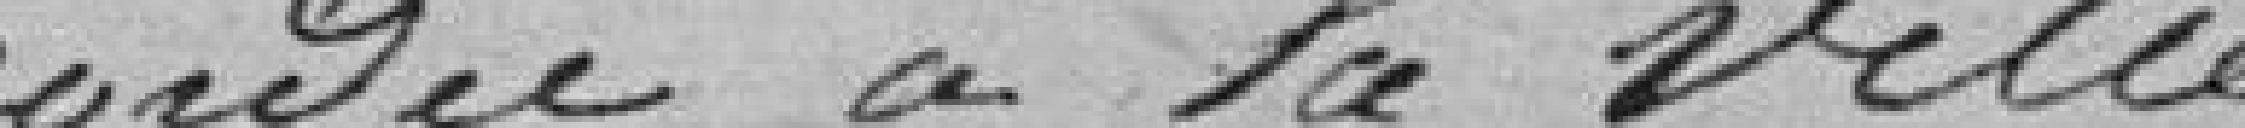
accordée à la Ville